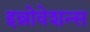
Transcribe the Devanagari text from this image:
इन्नोवेशन्स